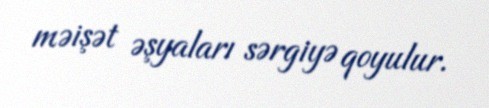
məişət əşyaları sərgiyə qoyulur.